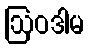
ဩဝဒါမ